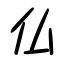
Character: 仏